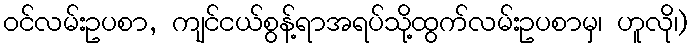
ဝင်လမ်းဥပစာ, ကျင်ငယ်စွန့်ရာအရပ်သို့ထွက်လမ်းဥပစာမှ၊ ဟူလို၊)